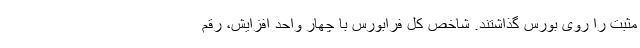
مثبت را روی بورس گذاشتند. شاخص کل فرابورس با چهار واحد افزایش، رقم